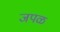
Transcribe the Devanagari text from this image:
जपळ